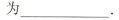
为___。